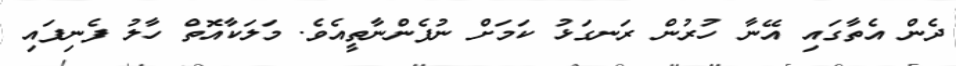
ދެން އެތާގައި އޭނާ ހުރުން ރަނގަޅު ކަމަށް ނުފެންނާތީއެވެ. މަލަކާއޮތް ހާލު ފެނިފައި